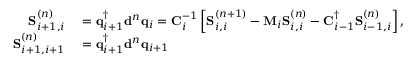
\begin{array} { r l } { \mathbf { S } _ { i + 1 , i } ^ { ( n ) } } & { { } = \mathbf { q } _ { i + 1 } ^ { \dagger } \mathbf { d } ^ { n } \mathbf { q } _ { i } = \mathbf { C } _ { i } ^ { - 1 } \left[ \mathbf { S } _ { i , i } ^ { ( n + 1 ) } - \mathbf { M } _ { i } \mathbf { S } _ { i , i } ^ { ( n ) } - \mathbf { C } _ { i - 1 } ^ { \dagger } \mathbf { S } _ { i - 1 , i } ^ { ( n ) } \right] , } \\ { \mathbf { S } _ { i + 1 , i + 1 } ^ { ( n ) } } & { { } = \mathbf { q } _ { i + 1 } ^ { \dagger } \mathbf { d } ^ { n } \mathbf { q } _ { i + 1 } } \end{array}